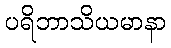
ပရိဘာသိယမာနာ